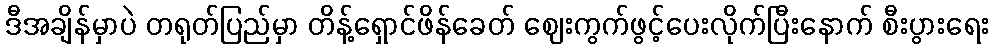
ဒီအချိန်မှာပဲ တရုတ်ပြည်မှာ တိန့်ရှောင်ဖိန်ခေတ် ဈေးကွက်ဖွင့်ပေးလိုက်ပြီးနောက် စီးပွားရေး